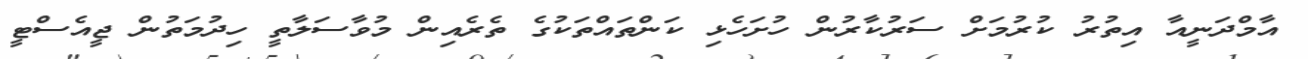
އާމްދަނީއާ އިތުރު ކުރުމަށް ސަރުކާރުން ހުށަހެޅި ކަންތައްތަކުގެ ތެރެއިން މުވާސަލާތީ ހިދުމަތުން ޖީއެސްޓީ